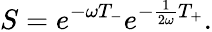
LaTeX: S=e^{-\omega T_{-}}e^{-\frac{1}{2\omega}T_{+}}.